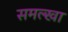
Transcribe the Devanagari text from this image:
समल्खा